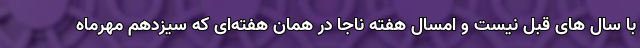
با سال های قبل نیست و امسال هفته ناجا در همان هفته‌ای که سیزدهم مهرماه